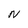
Character: N